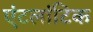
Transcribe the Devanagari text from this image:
एंटलांटिक